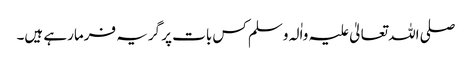
صلی اللہ تعالیٰ علیہ واٰلہ وسلم کس بات پر گریہ فرمارہے ہیں۔